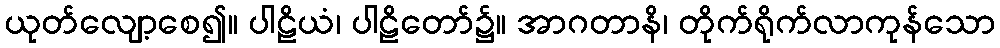
ယုတ်လျော့စေ၍။ ပါဠိယံ၊ ပါဠိတော်၌။ အာဂတာနိ၊ တိုက်ရိုက်လာကုန်သော